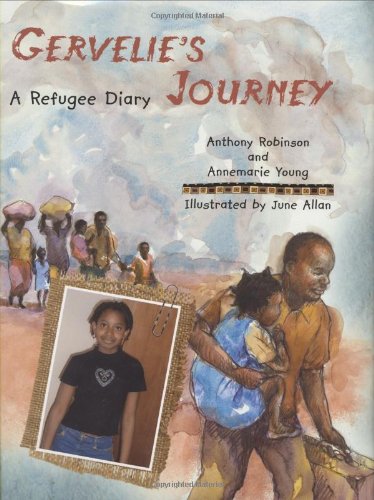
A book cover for Gervelie's Journey: A Refugee Diary; Anthony Robinson; Children's Books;